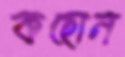
কহোন